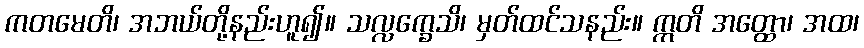
ကတမေတိ၊ အဘယ်တို့နည်းဟူ၍။ သလ္လက္ခေသိ၊ မှတ်ထင်သနည်း။ ဣတိ အတ္ထော၊ အထ၊